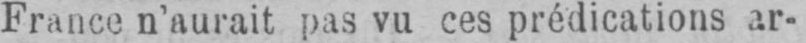
France n’aurait pas vu ces prédications ar-